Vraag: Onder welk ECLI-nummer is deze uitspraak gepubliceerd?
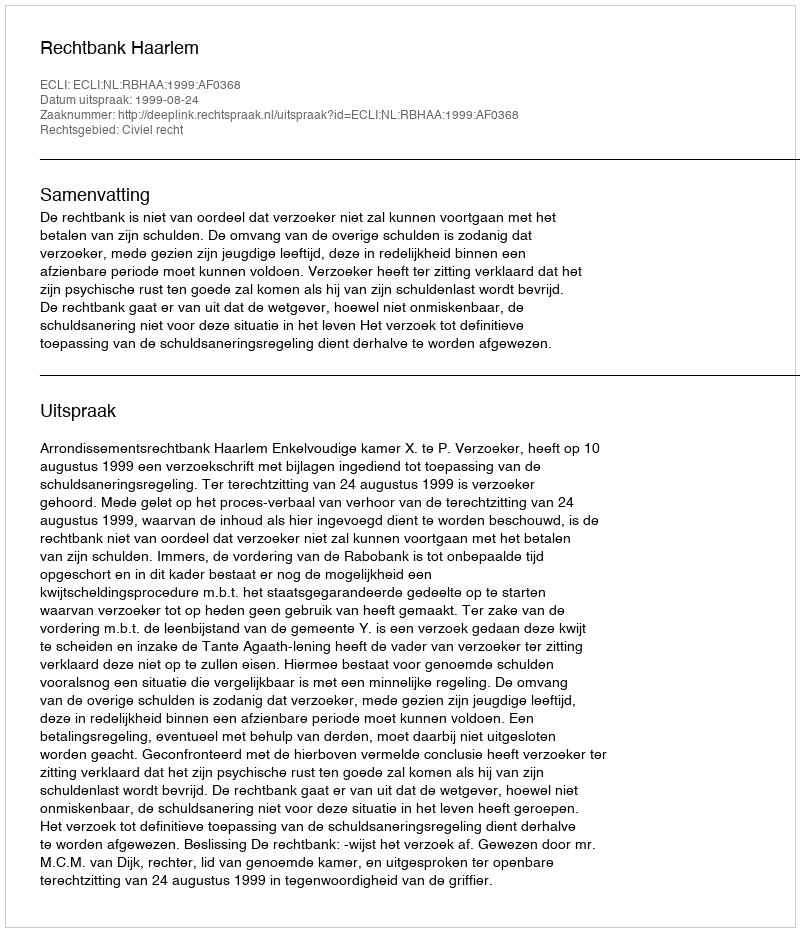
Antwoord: ECLI:NL:RBHAA:1999:AF0368